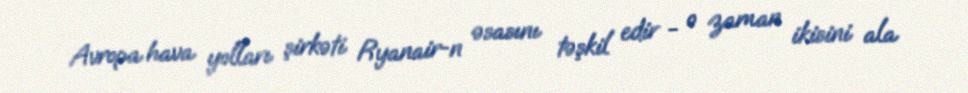
Avropa hava yolları şirkəti Ryanair-n əsasını təşkil edir - o zaman ikisini ala